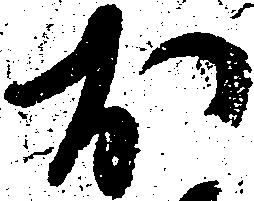
於